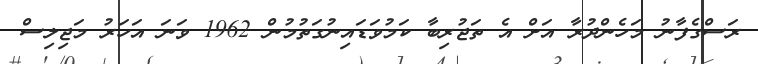
ރަސްގެފާނު މަހެންދުރާ އަށް އެ ތަޖުރިބާ ކަމުވަޑައިނުގަތުމުން 1962 ވަނަ އަހަރު މަޖިލިސް